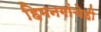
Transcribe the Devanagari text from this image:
हिमनगांचेही